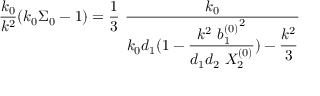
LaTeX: { \frac { k _ { 0 } } { k ^ { 2 } } } ( k _ { 0 } \Sigma _ { 0 } - 1 ) = { \frac { 1 } { 3 } } \ { \displaystyle { \frac { k _ { 0 } } { k _ { 0 } d _ { 1 } ( 1 - { \displaystyle { \frac { k ^ { 2 } \ { b _ { 1 } ^ { ( 0 ) } } ^ { 2 } } { d _ { 1 } d _ { 2 } \ X _ { 2 } ^ { ( 0 ) } } } ) - { \frac { k ^ { 2 } } { 3 } } } } } }